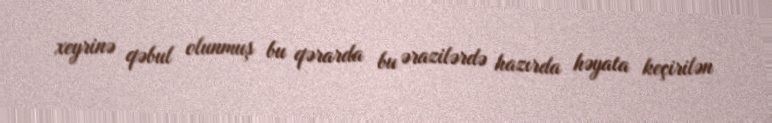
xeyrinə qəbul olunmuş bu qərarda bu ərazilərdə hazırda həyata keçirilən